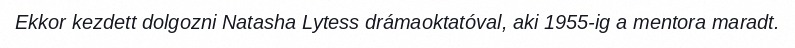
Ekkor kezdett dolgozni Natasha Lytess drámaoktatóval, aki 1955-ig a mentora maradt.